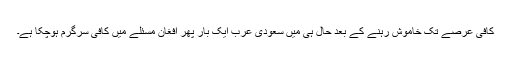
کافی عرصے تک خاموش رہنے کے بعد حال ہی میں سعودی عرب ایک بار پھر افغان مسئلے میں کافی سرگرم ہوچکا ہے۔